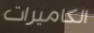
الكاميرات